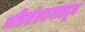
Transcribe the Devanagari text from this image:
भक्तिसंप्रदायाकडून